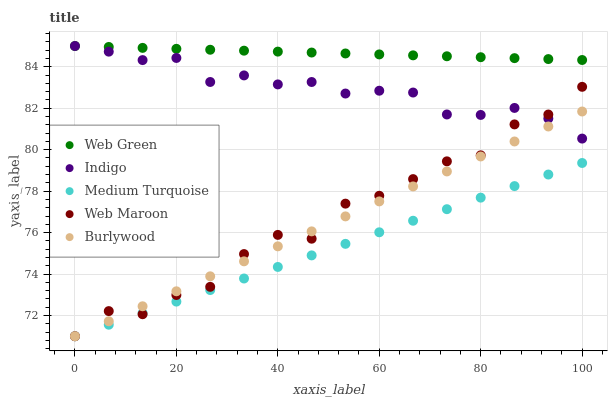
| xaxis_label | Web Green | Indigo | Medium Turquoise | Web Maroon | Burlywood |
 | --- | --- | --- | --- | --- | --- |
 | 0 | 85 | 85 | 71 | 71 | 71 |
 | 6.67 | 85 | 84.7 | 71.6 | 72.2 | 71.7 |
 | 13.3 | 84.9 | 84.3 | 72.1 | 72.1 | 72.4 |
 | 20 | 84.9 | 84.4 | 72.7 | 73 | 73.2 |
 | 26.7 | 84.8 | 83.3 | 73.2 | 73.4 | 73.9 |
 | 33.3 | 84.8 | 83.6 | 73.8 | 75 | 74.6 |
 | 40 | 84.7 | 83.1 | 74.3 | 75.9 | 75.3 |
 | 46.7 | 84.7 | 83.3 | 74.9 | 75.7 | 76.1 |
 | 53.3 | 84.6 | 82.7 | 75.5 | 77.4 | 76.8 |
 | 60 | 84.6 | 82.8 | 76 | 77.8 | 77.5 |
 | 66.7 | 84.6 | 82.8 | 76.6 | 78.6 | 78.2 |
 | 73.3 | 84.5 | 81.7 | 77.1 | 79.4 | 79 |
 | 80 | 84.5 | 81.7 | 77.7 | 79.7 | 79.7 |
 | 86.7 | 84.4 | 82 | 78.2 | 81.2 | 80.4 |
 | 93.3 | 84.4 | 81.5 | 78.8 | 81.7 | 81.1 |
 | 100 | 84.3 | 80.5 | 79.4 | 83 | 81.8 |